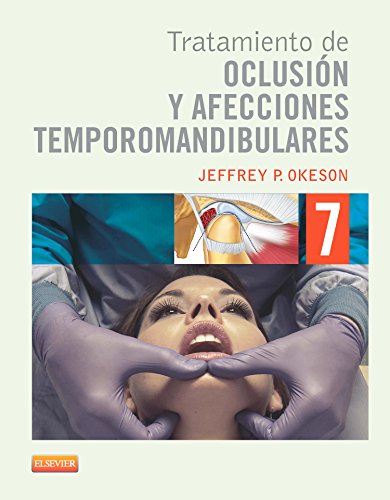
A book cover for Tratamiento de oclusiÃ³n y afecciones temporomandibulares + Evolve; J.P., Okeson; Medical Books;